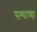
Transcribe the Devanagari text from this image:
सश्याच्या